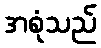
အစုံသည်